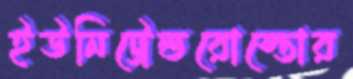
ইউনিট্রেন্ডরোস্তোর